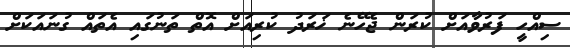
ސިއްހީ ފަރުވާއަށް ކުރަން ޖެހޭނެ ޚަރަދު ކުރިއަށް އޮތް ތަނުގައި އެތައް ގުނައަކަށް